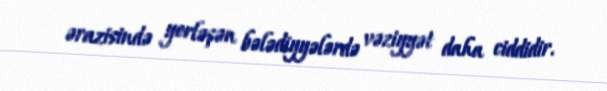
ərazisində yerləşən bələdiyyələrdə vəziyyət daha ciddidir.